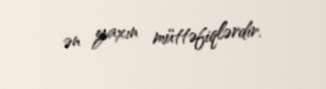
ən yaxın müttəfiqlərdir.